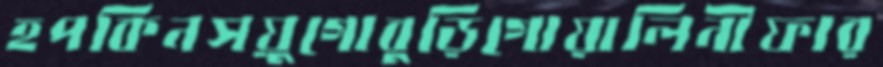
হপকিনসয়ুগোবুড়িগোয়ালিনীফার